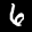
Label: 6